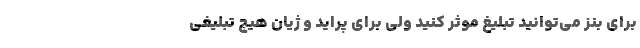
برای بنز می‌توانید تبلیغ موثر کنید ولی برای پراید و ژیان هیچ تبلیغی